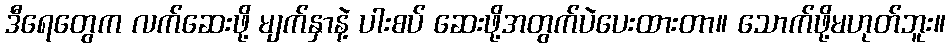
ဒီရေတွေက လက်ဆေးဖို့ မျက်နှာနဲ့ ပါးစပ် ဆေးဖို့အတွက်ပဲပေးထားတာ။ သောက်ဖို့မဟုတ်ဘူး။